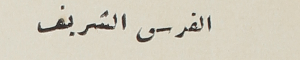
القدس الشريف